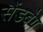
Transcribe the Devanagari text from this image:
सैंडबैग